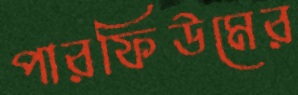
পারফিউমের